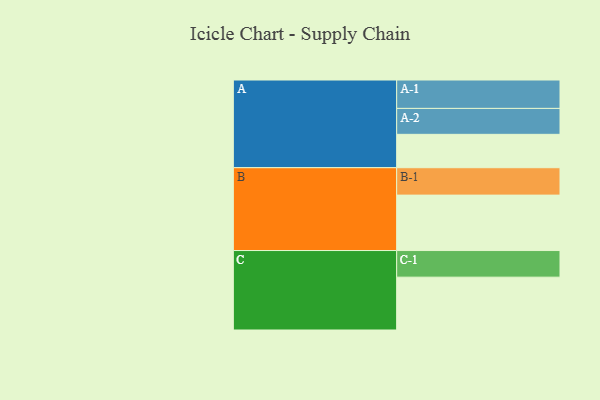
{"axis": {"x": "Segment", "y": "Value"}, "legend": ["", "A", "B", "C"], "data": [{"x": "A", "y": 336, "type": ""}, {"x": "B", "y": 558, "type": ""}, {"x": "C", "y": 532, "type": ""}, {"x": "A-1", "y": 286, "type": "A"}, {"x": "A-2", "y": 261, "type": "A"}, {"x": "B-1", "y": 276, "type": "B"}, {"x": "C-1", "y": 268, "type": "C"}]}